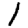
Digit: 1